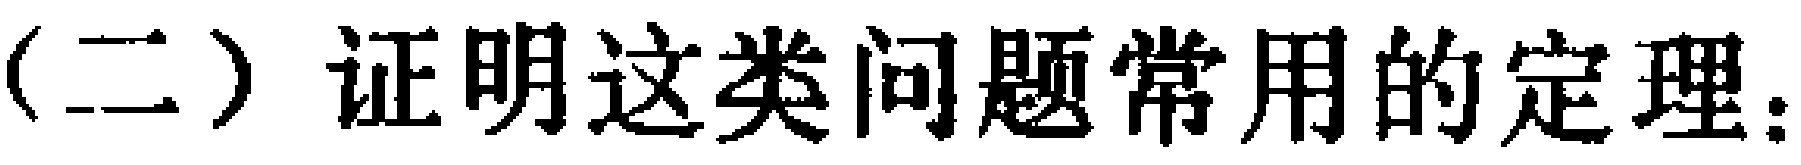
（二）证明这类问题常用的定理：